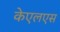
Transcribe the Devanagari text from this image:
केएलएस